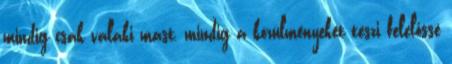
mindig csak valaki mást, mindig a körülményeket teszi felelőssé